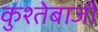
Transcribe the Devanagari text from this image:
कुश्तेबाजी